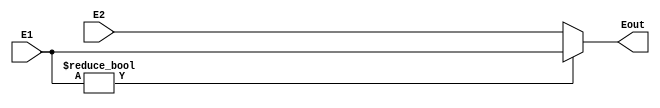
`timescale 1ns / 1ps
//////////////////////////////////////////////////////////////////////////////////
// Company: 
// Engineer: 
// 
// Design Name: 
// Module Name:    Esort 
// Project Name: 
// Target Devices: 
// Tool versions: 
// Description: 
//
// Dependencies: 
//
// Revision: 
// Revision 0.01 - File Created
// Additional Comments: 
//
//////////////////////////////////////////////////////////////////////////////////
module Esort(
    input [4:0] E1,
    input [4:0] E2,
    output [4:0] Eout
    );
	assign Eout=E1?E1:E2;

endmodule